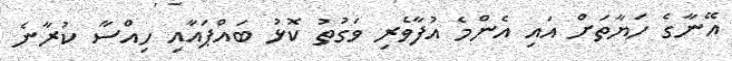
އޭނާގެ ހަޔާތަށް އައި އެންމެ އުފާވެރި ވަގުތު ކޮޅު ބައްޕައާއި ހިއްސާ ކުރާނެ